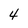
Character: 4